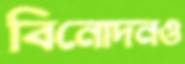
বিনোদনও